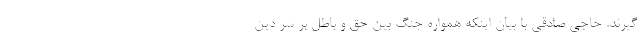
گیرند. حاجی‌ صادقی با بیان اینکه همواره جنگ بین حق و باطل بر سر دین